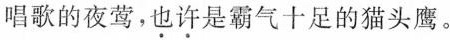
唱歌的夜莺，也许是霸气十足的猫头鹰。